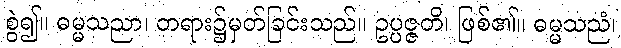
စွဲ၍။ ဓမ္မသညာ၊ တရား၌မှတ်ခြင်းသည်။ ဥပ္ပဇ္ဇတိ၊ ဖြစ်၏။ ဓမ္မသညံ၊